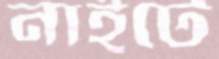
নাইটে